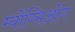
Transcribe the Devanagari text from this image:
म्योंग्सिओंग